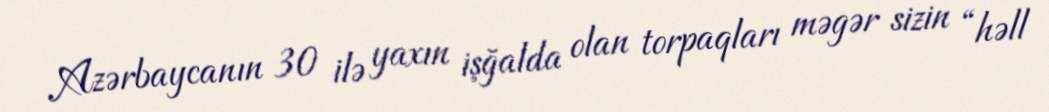
Azərbaycanın 30 ilə yaxın işğalda olan torpaqları məgər sizin “həll